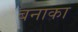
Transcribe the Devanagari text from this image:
बनाका